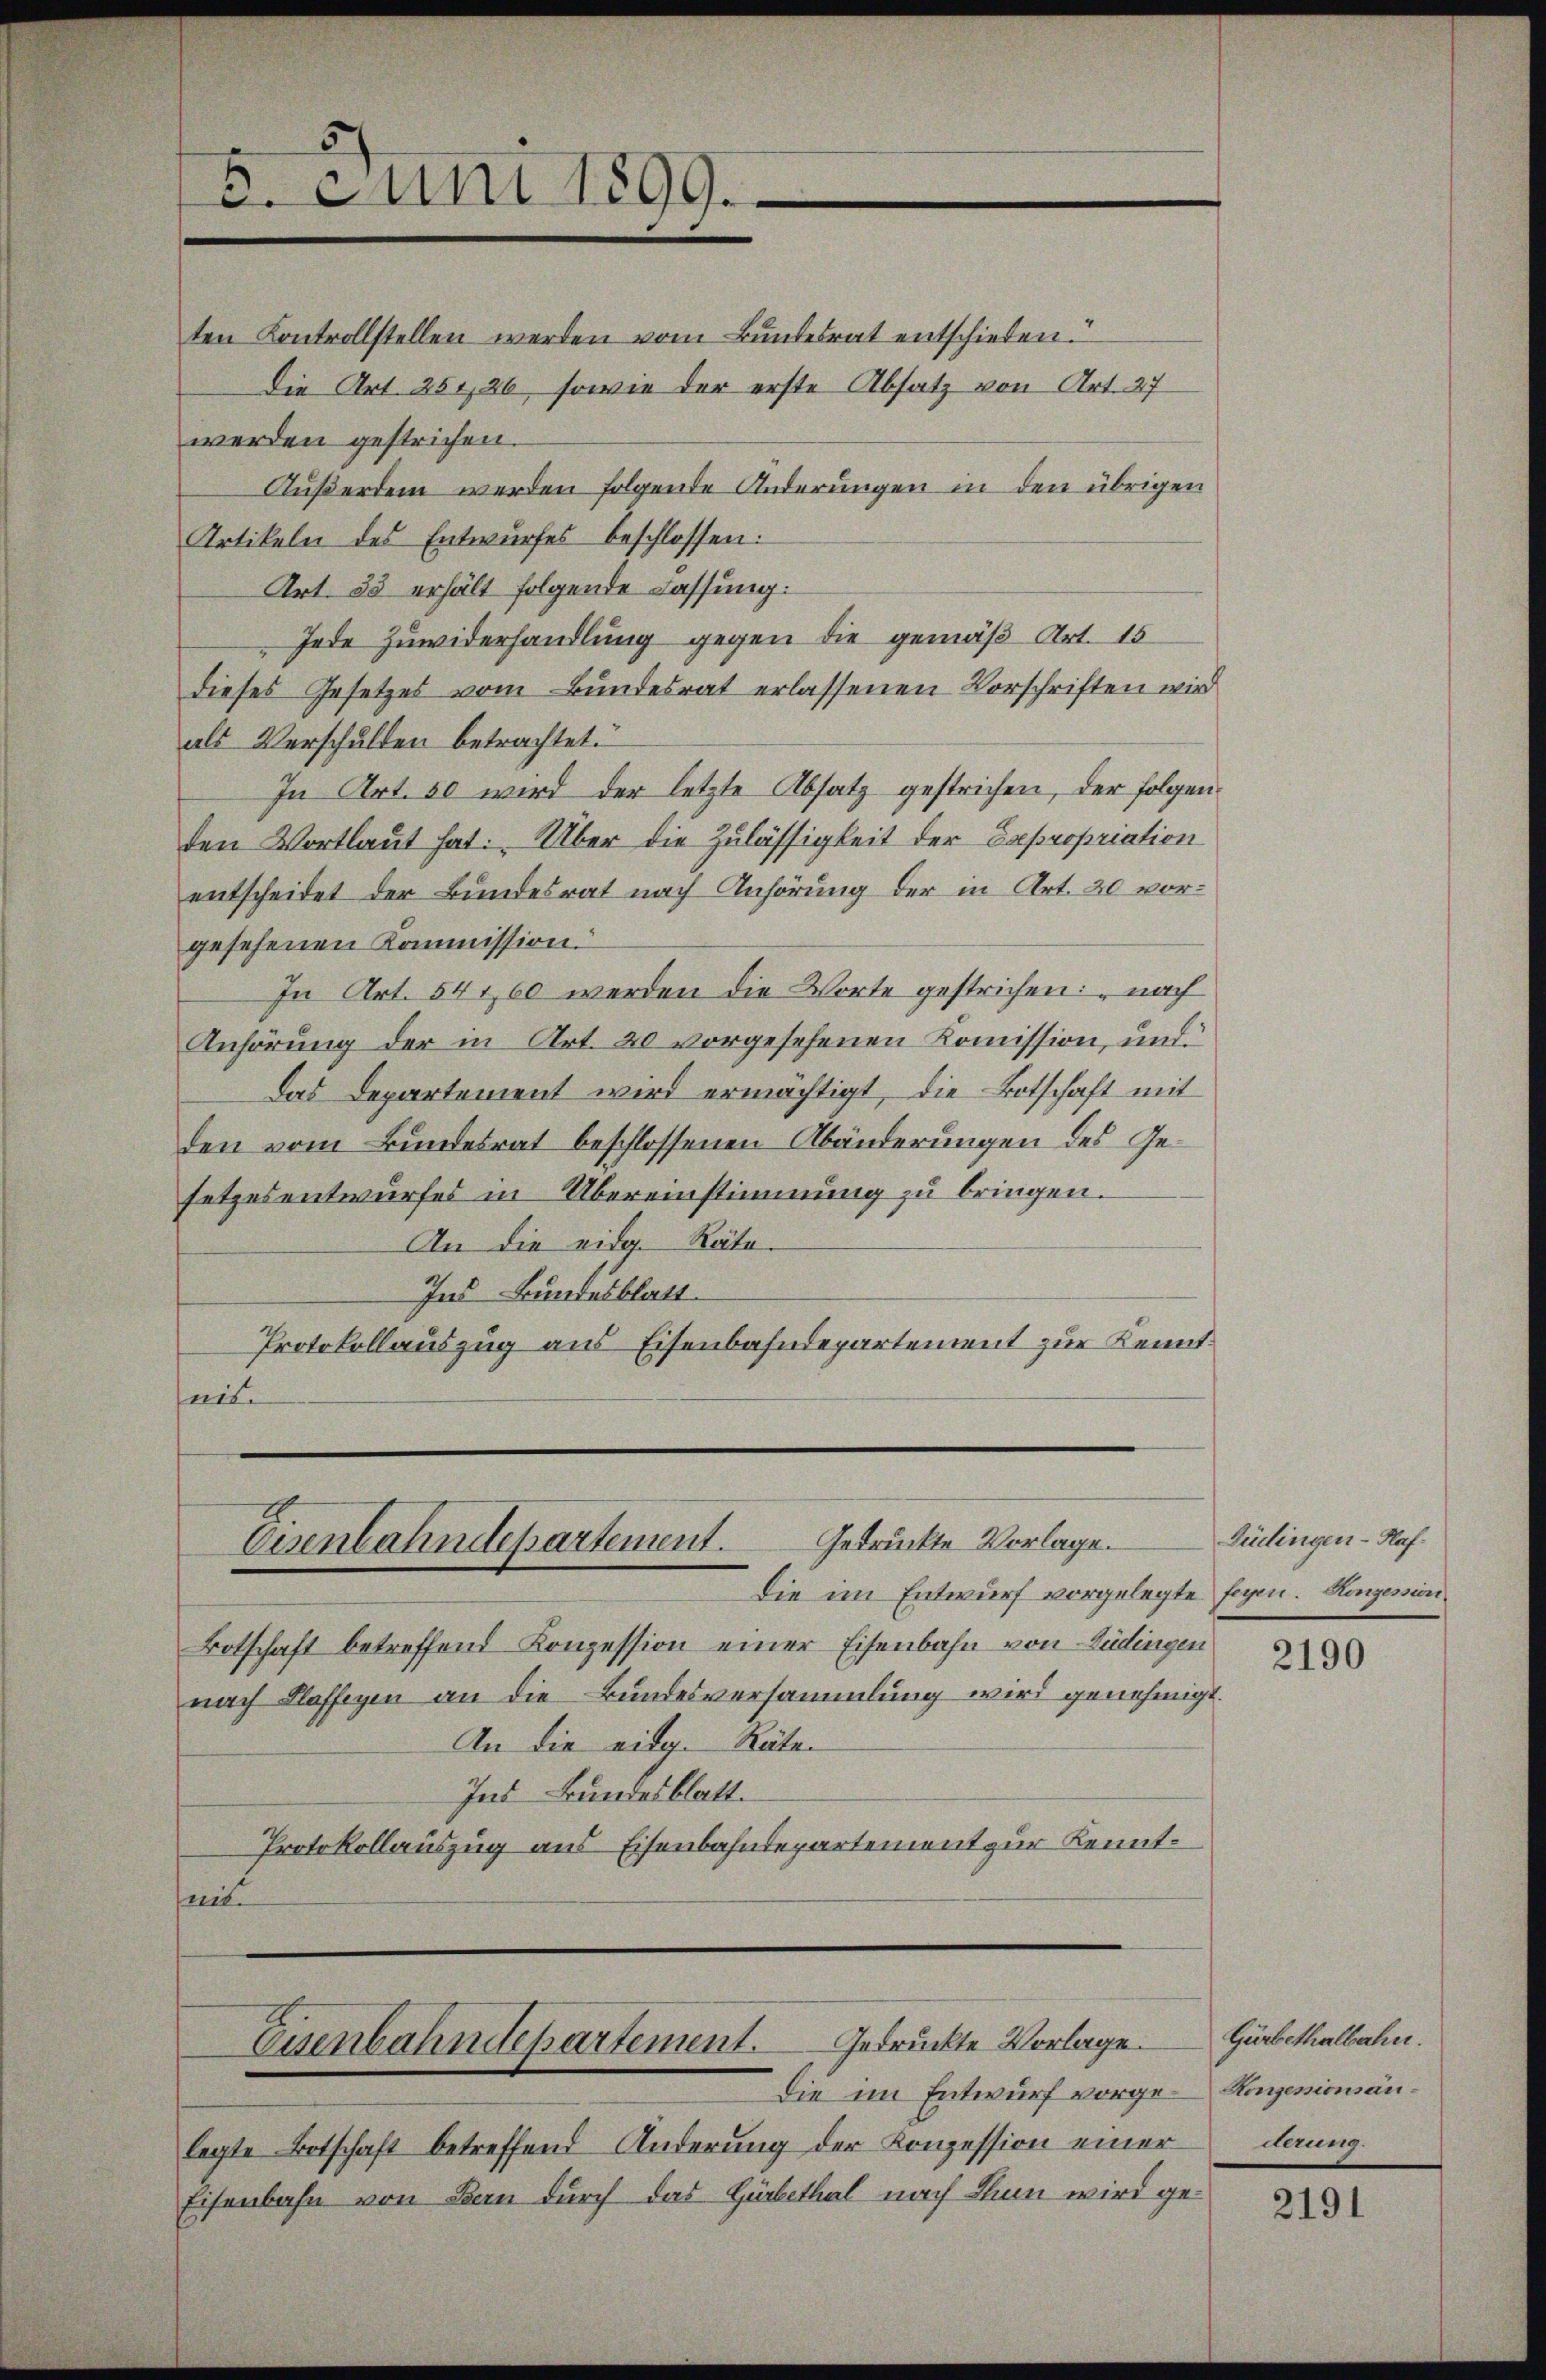
. Juni 1899.

ten Kontrollstellen werden vom Bŭndesrat entschieden.
Die Art. 251, 26, sowie der erste Absatz von Art. 27
werden gestrichen.
Außerdem werden folgende Anderungen in den übrigen
Artikeln des Entwurfes beschlossen:
Art. 35 erhält folgende Lassung:
Jede Zuwiderhandlung gegen die gemäß Art. 15
dieses Gesetzes vom Bundesrat erlassenen Vorschriften wir
als Verschulden betrachtet.
In Art. 50 wird der letzte Absatz gestrichen, der folgenden Wortlaut hat. Über die Zulässigkeit der Expropriation
entscheidet der Bundesrat nach Anhörung der in Art. 20 vorgesehenen Kommission.
In Art. 54 160 werden die Worte gestrichen: „nach
Anhörung der in Art. 20 vorgesehenen Kommission, und
das Departement wird ermächtigt, die Botschaft mit
den vom Bundesrat beschlossenen Abänderungen des Gesetzesentwurfes in Übereinstimmung zu bringen.
An die eidg. Räto-
Ins Bundesblatt.
Protokollauszug aus Eisenbahndepartement zur Kennt.
ais

Gedruckte Vorlage.
Eisenbahndepartement.

Gedruckte Vorlage.
Esenbahndepartement.

legte Botschaft betreffend Änderung der Konzession einer
Eisenbahn von Bau durch das Herbethal nach Thun wird ge¬

Die im Entwurf vorgelegte sogen. Konzession
Botschaft betreffend Konzession einer Eisenbahn von Büdingen
nach Klaffigen an die Bundesversammlung wird genehmigt.
An die eidg. Räte¬
Ins Bundesblatt.
Protokollauszug aus Eisenbahndepartement zur Kenntsan

Die im Entwurf vorge¬

Güdlingen - Haf

2190

Gürbethalbahn.
Konzesionsänderung.

2191